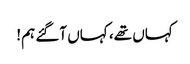
کہاں تھے، کہاں آگئے ہم!